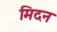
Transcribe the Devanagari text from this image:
मिदन